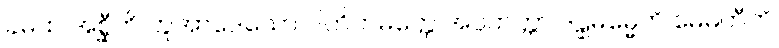
ခမထ အစ္ဆီတိ ဘူအာဒေသော ပါတိတမတ္တေ အပ္ပကတ္တာ ဒဠှဓမ္မေဘိ မေဓတီတိ